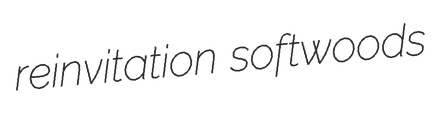
reinvitation softwoods